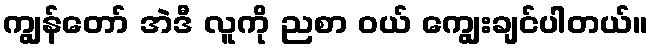
ကျွန်တော် အဲဒီ လူကို ညစာ ဝယ် ကျွေးချင်ပါတယ်။